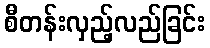
စီတန်းလှည့်လည်ခြင်း